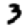
Digit: 3